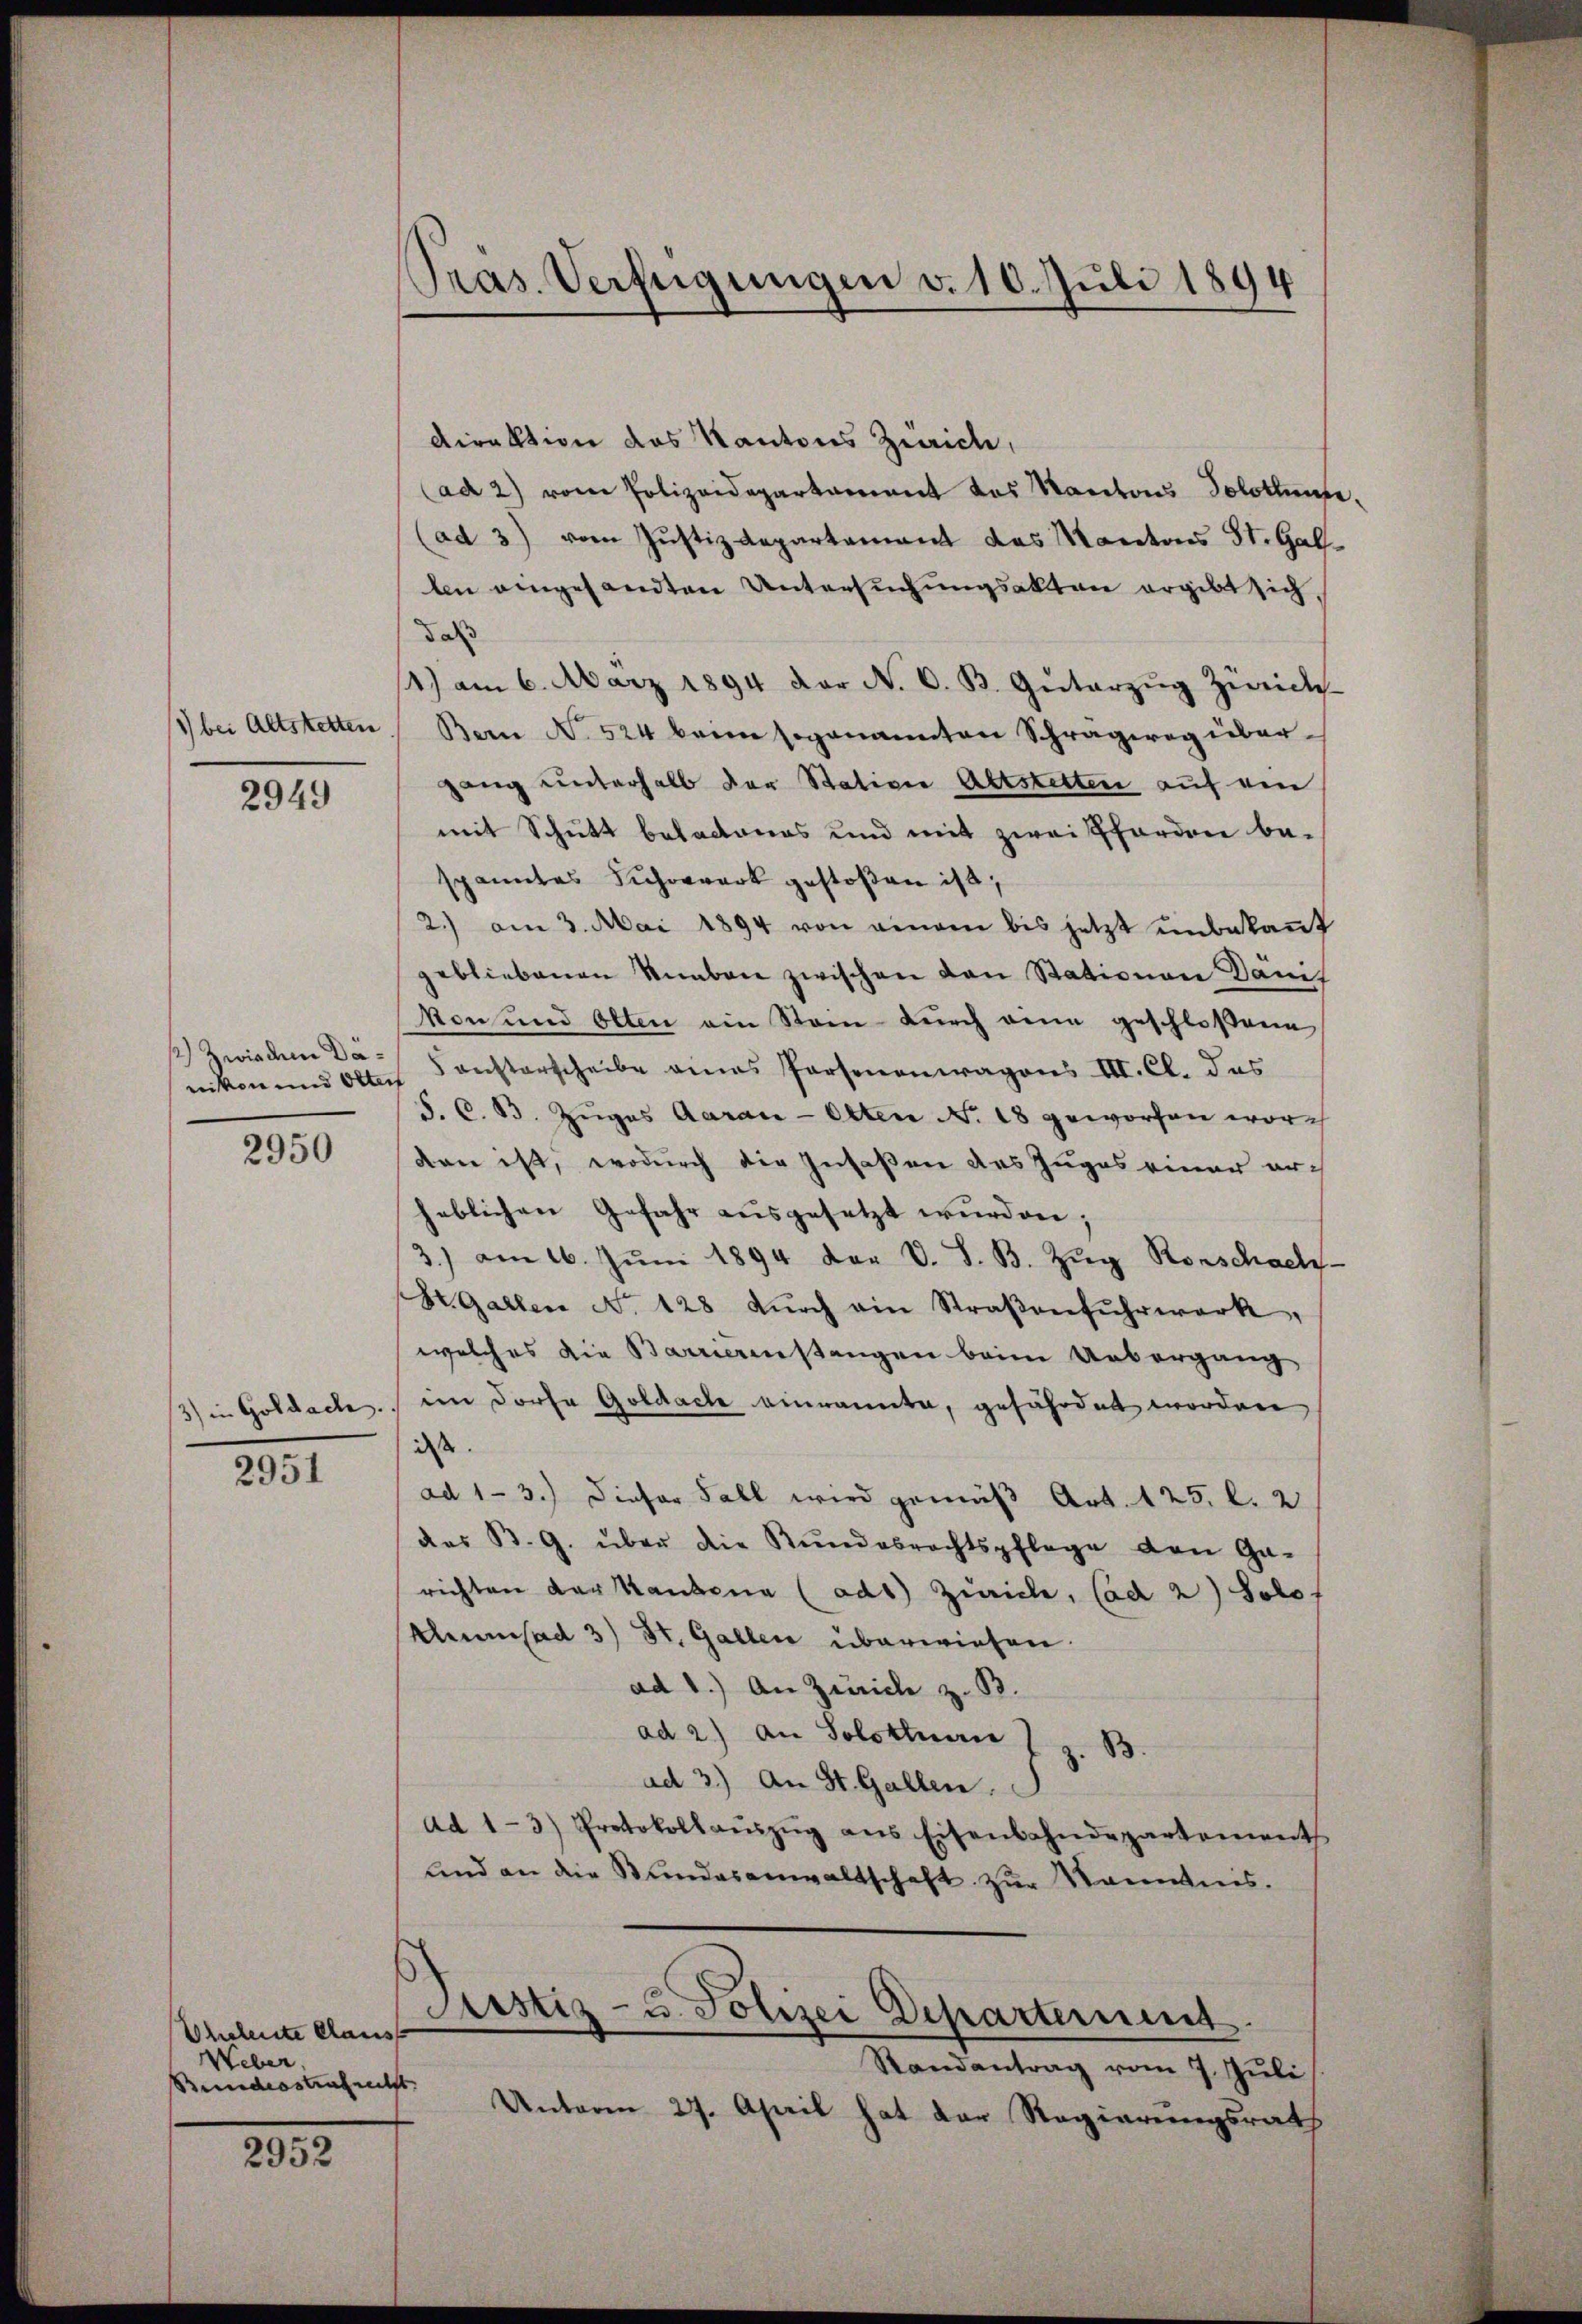
1) bei Altstetten

2949

1) Zwindem Dä¬

2950

3) in Goldach
2951

Oheleute Claus
Weber,
Bundesstrafrecht

2952

Pras. Verfügungen v. 10. Juli 1894

Direktion das Kantons Zürich,
(ad 2) vom Polizeidepartament des Kantons Solothunte
(ad 3) vom Justizdepartement das Kantons St. Gallen eingesandten Untersuchungsakten ergibt sich,
das
14) am 6. März 1894 der N. O. B. Güterzŭg Zwick-
Bern No. 524 kann sogenannten Schragweg übergang unterhalb der Station Altstetten auf ein
mit Schutt betactanos und mit zwei Pferden be-
spanntes Fuhrwerk gestoßen ist,
2.) am 3. Mai 1894 von einem bis jetzt unbekant
gebliebenen Uneben zwischen von Stationen Damit
Von und Otten ein Stein durch wenn geschloßene
niken und Olten Sonsterscheibe eines Personenwagens III. Cl. das
S. C. 13. Zuges Aarau-Otten No. 18 geworfen wor
dan ist, wodurch die Insaßen des Zuges einer er-
heblichen Gefahr ausgesetzt wurden;
3) am 16. Jŭni 1894 der V. S. B. Zŭg Rorschach-
St. Garten No. 428 dŭrch ain Straβenfŭhrwerk,
welches die Barrierenstangen beim Uebergang
im Dorfe Goldach einrannte, gefährdet worden
dass
ad 1-3.) Dieser Fall wird gemäß Art. 125. l. 2
des B. G. über die Kundesrechtspflege den Ga-
richten der Handena (adt Zürich, Cad 2) Solof
Kleinsad 3) St. Gallen überwiesen.
ad 1.) An Zürich z. B.
ad 2.) An Solottuarie
B.
ad 3.) An St. Gallen.
Ad 1-3) Protokollaŭszŭg ans Eisenbahndepartement
und an die Stundesanwaltschaft zur Kenntnis.
Justiz- u. Polizei Departement.
Randantrag vom 7. Juli
Unterm 27. April hat der Regierungsrath